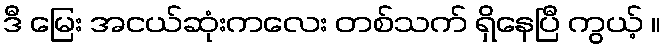
ဒီ မြေး အငယ်ဆုံးကလေး တစ်သက် ရှိနေပြီ ကွယ့် ။